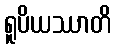
ရူပိယဿာတိ